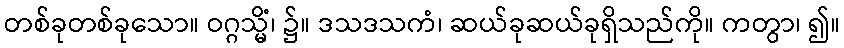
တစ်ခုတစ်ခုသော။ ဝဂ္ဂသ္မိံ၊ ၌။ ဒသဒသကံ၊ ဆယ်ခုဆယ်ခုရှိသည်ကို။ ကတွာ၊ ၍။